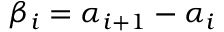
\beta _ { i } = \alpha _ { i + 1 } - \alpha _ { i }